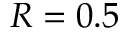
R = 0 . 5